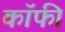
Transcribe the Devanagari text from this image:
कॉॅफी